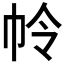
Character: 𭘘